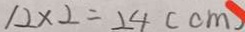
1 2 \times 2 = 2 4 ( c m )